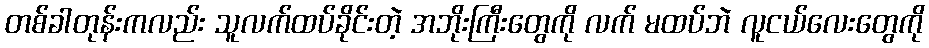
တစ်ခါတုန်းကလည်း သူလက်ထပ်ခိုင်းတဲ့ အဘိုးကြီးတွေကို လက် မထပ်ဘဲ လူငယ်လေးတွေကို